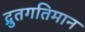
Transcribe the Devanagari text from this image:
द्रुतगतिमान